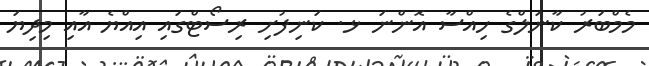
މެމްބަރު ކާނަލްގެ ހިއްސާ އޮންނަ ޅ. ކަނިފުށި ރިސޯޓްގައި އިއްޔެ އާއި މިދިޔަ